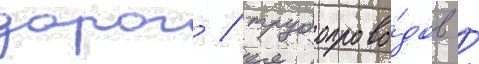
дорог / трубопрово́дов /